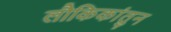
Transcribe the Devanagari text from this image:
लौकिकांतुन